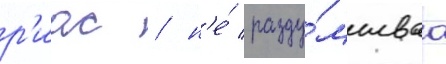
р'иас / н'е́ разду́мываа